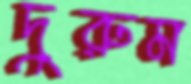
দুরুম